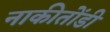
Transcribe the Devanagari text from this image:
नाकीतोंडी